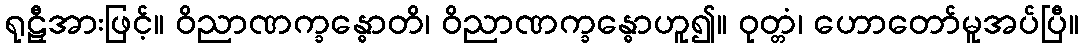
ရုဠှီအားဖြင့်။ ဝိညာဏက္ခန္ဓောတိ၊ ဝိညာဏက္ခန္ဓောဟူ၍။ ဝုတ္တံ၊ ဟောတော်မူအပ်ပြီ။